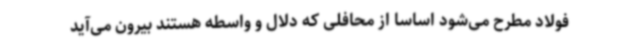
فولاد مطرح می‌شود اساساً از محافلی که دلال و واسطه‌ هستند بیرون می‌آید